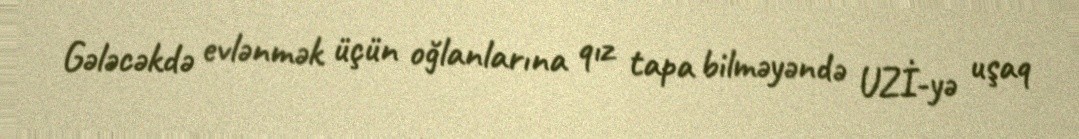
Gələcəkdə evlənmək üçün oğlanlarına qız tapa bilməyəndə UZİ-yə uşaq